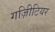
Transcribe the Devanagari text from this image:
गज़िीटियर